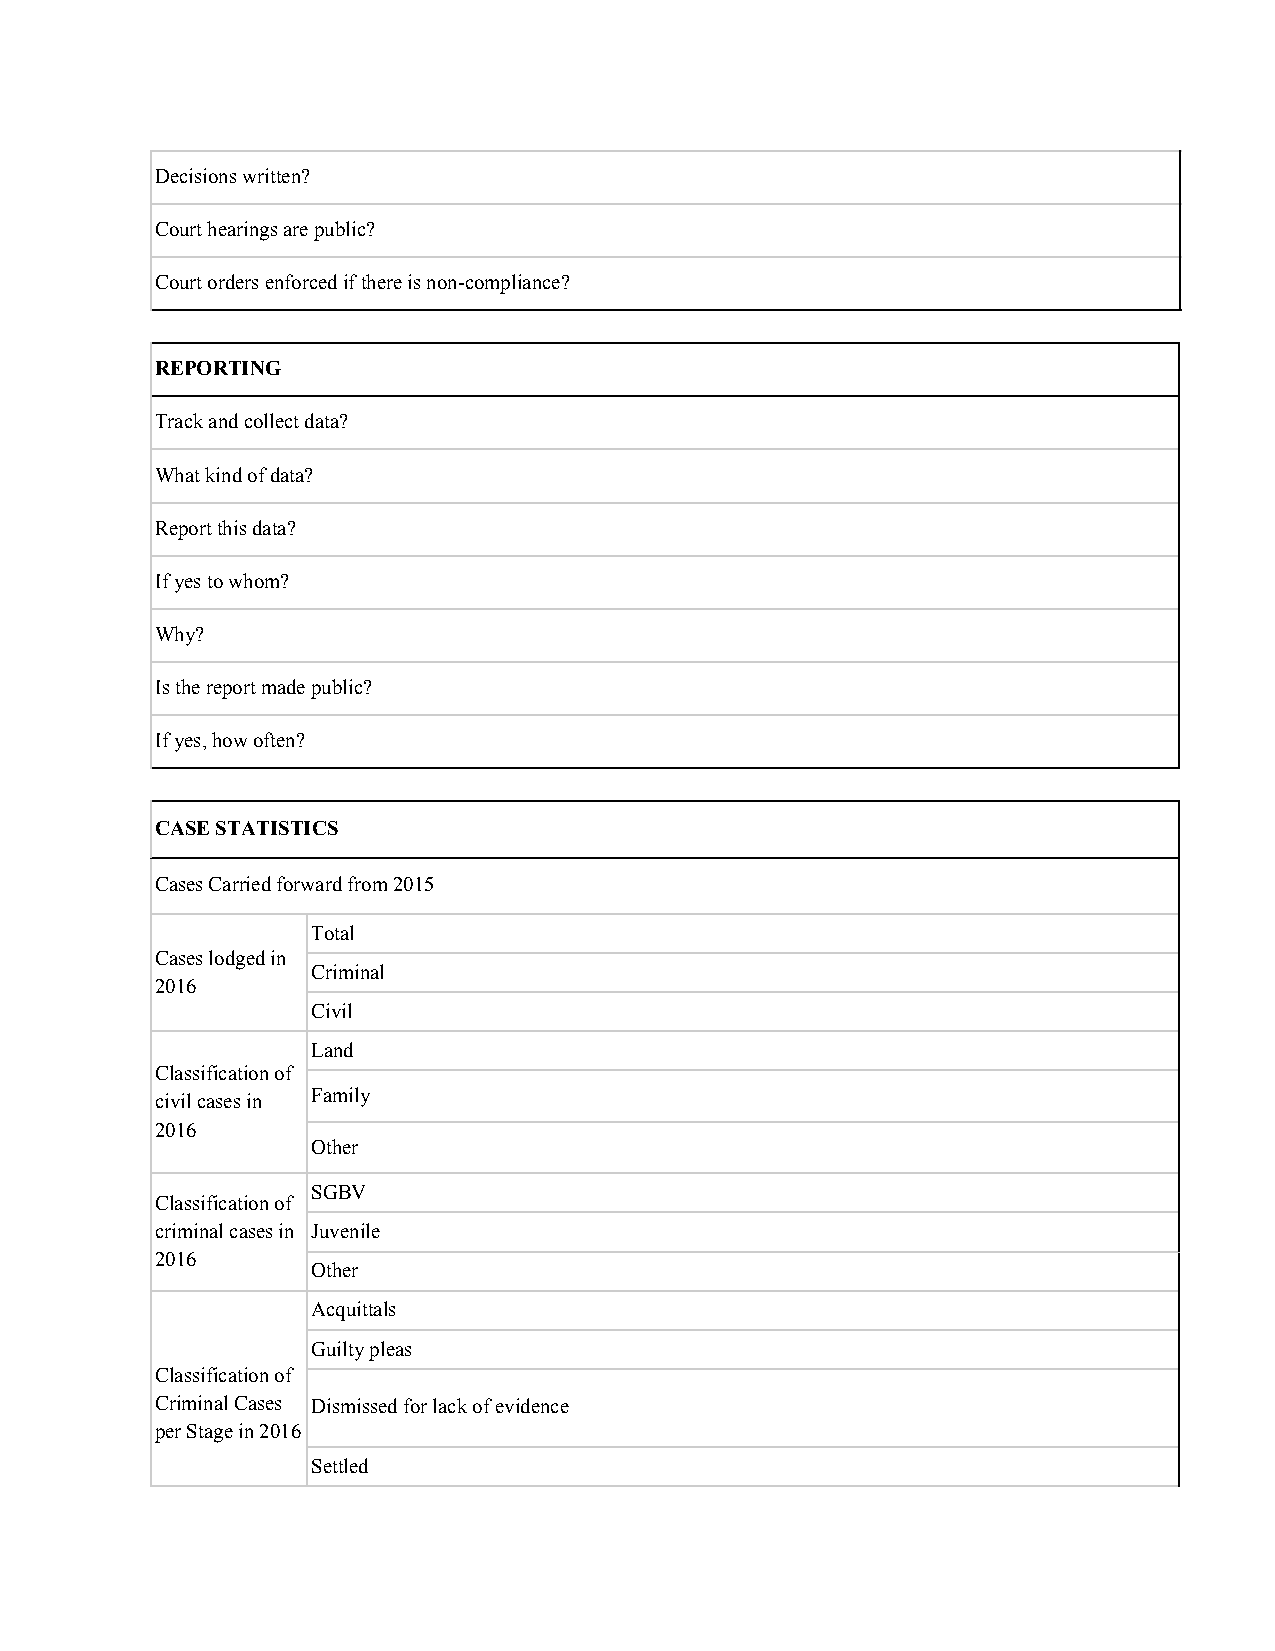
Decisions written?
 Court hearings are public?
 Court orders enforced if there is non-compliance?
 REPORTING
 Track and collect data?
 What kind of data?
 Report this data?
 If yes to whom?
 Why?
 Is the report made public?
 If yes, how often?
 CASE STATISTICS
 Cases Carried forward from 2015
 Total
 Cases lodged in
 Criminal
 2016
 Civil
 Land
 Classification of
 civil cases in Family
 2016
 Other
 SGBV
 Classification of
 criminal cases in Juvenile
 2016
 Other
 Acquittals
 Guilty pleas
 Classification of
 Criminal Cases Dismissed for lack of evidence
 per Stage in 2016
 Settled